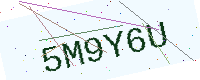
Text: 5M9Y6U